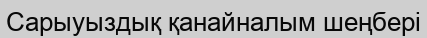
Сарыуыздық қанайналым шеңбері